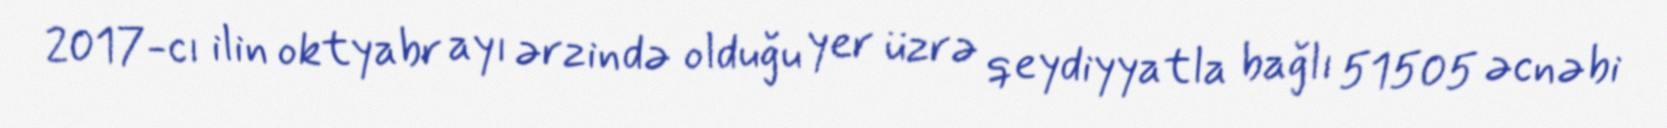
2017-cı ilin oktyabr ayı ərzində olduğu yer üzrə qeydiyyatla bağlı 51505 əcnəbi